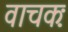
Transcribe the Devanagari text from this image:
वाचकः